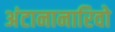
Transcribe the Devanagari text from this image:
अंटानानारिवो